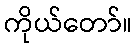
ကိုယ်တော်။